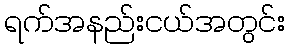
ရက်အနည်းငယ်အတွင်း